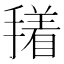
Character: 𭢑